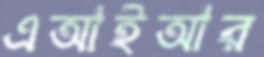
এআইআর